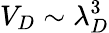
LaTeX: V_{D}\sim\lambda_{D}^{3}